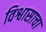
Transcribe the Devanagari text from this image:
विश्वासाचा